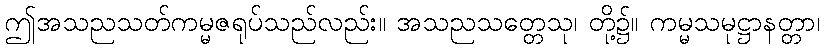
ဤအသညသတ်ကမ္မဇရုပ်သည်လည်း။ အသညသတ္တေသု၊ တို့၌။ ကမ္မသမုဋ္ဌာနတ္တာ၊